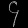
Digit: ၄